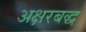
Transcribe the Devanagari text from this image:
अक्षरबद्ध